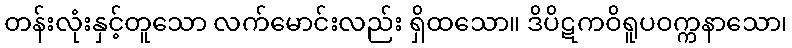
တန်းလုံးနှင့်တူသော လက်မောင်းလည်း ရှိထသော။ ဒိပိဋကဝိရူပဝက္ကနာသော၊